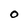
Character: O